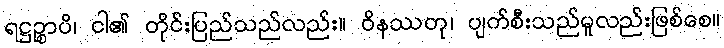
ရဋ္ဌဉ္စာပိ၊ ငါ၏ တိုင်းပြည်သည်လည်း။ ဝိနဿတု၊ ပျက်စီးသည်မူလည်းဖြစ်စေ။